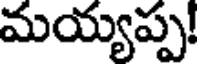
మయ్యప్ప!